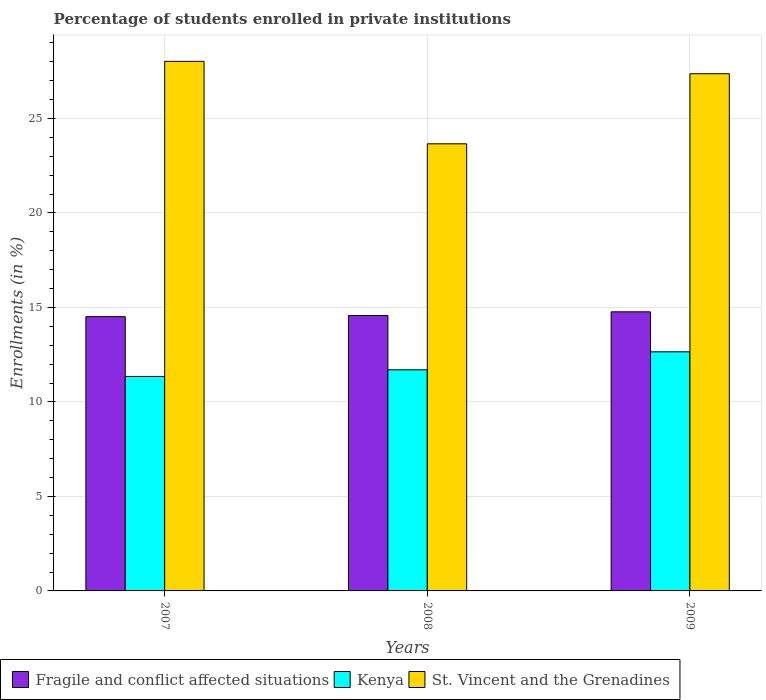
| Years | Fragile and conflict affected situations | Kenya | St. Vincent and the Grenadines |
 | --- | --- | --- | --- |
 | 2007 | 14.5 | 11.3 | 28 |
 | 2008 | 14.6 | 11.7 | 23.7 |
 | 2009 | 14.8 | 12.7 | 27.4 |